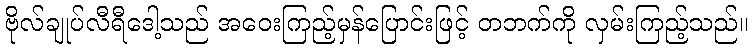
ဗိုလ်ချုပ်လီရီဒေါ့သည် အဝေးကြည့်မှန်ပြောင်းဖြင့် တဘက်ကို လှမ်းကြည့်သည်။